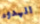
الهدوء